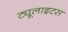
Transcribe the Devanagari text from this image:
ट्यूलाइटस